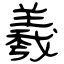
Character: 羲